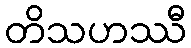
တိသဟဿီ